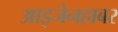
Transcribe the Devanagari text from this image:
आइजेनहाबर